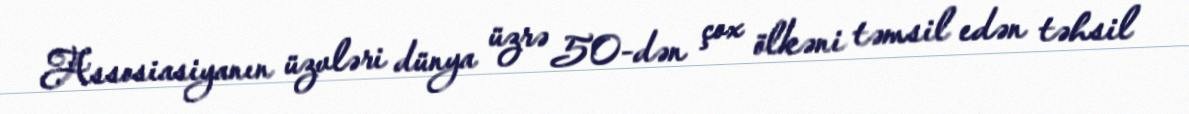
Assosiasiyanın üzvləri dünya üzrə 50-dən çox ölkəni təmsil edən təhsil